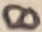
Text: 8